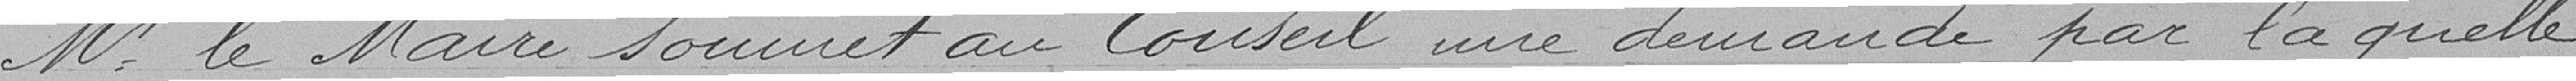
M. le Maire soumet au Conseil une demande par laquelle